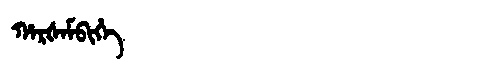
Manchu: ᡥᠠᡵᡧᠠᠮᠪᡳᡥᡝ
Romanization: HARŠAMBIHE